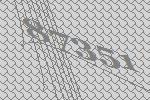
87351